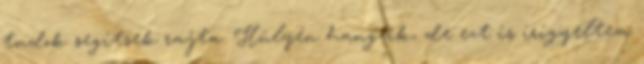
tudok segítsek rajta. Hülyén hangzik, de ezt is irigyeltem